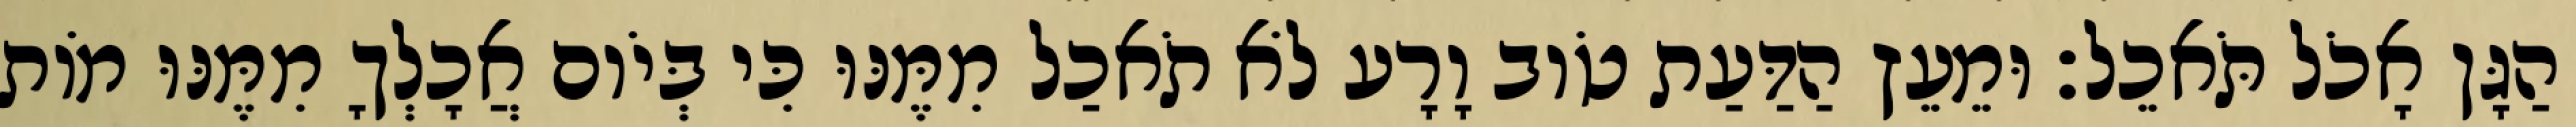
הַגָּן אָכֹל תֹּאכֵל׃ וּמֵעֵץ הַדַּעַת טֹוב וָרָע לֹא תֹאכַל מִמֶּנּוּ כִּי בְּיֹום אֲכָלְךָ מִמֶּנּוּ מֹות